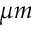
\mu m